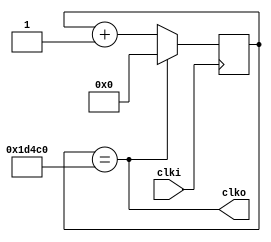
// Generate timer pulses
module timer (
    input clki,
    output clko
);

    //localparam semiperiod = 32'd12000000;    // 0.5 Hz
    //localparam semiperiod = 32'd1200000;    // 5 Hz
    localparam semiperiod = 32'd120000;    // 50 Hz 
    //localparam semiperiod = 32'd12000;    // 500 Hz

    reg [32:0] counter = 0;

    assign clko = (counter == semiperiod);

    always @(posedge clki) begin
        if   (counter == semiperiod) counter <= 0;
        else counter <= counter + 1;
    end


endmodule